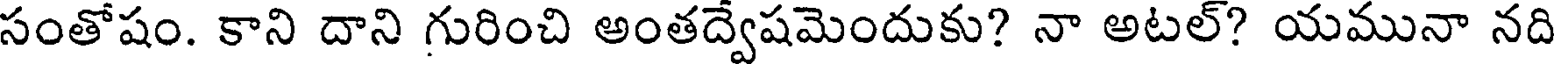
సంతోషం. కాని దాని గురించి అంతద్వేషమెందుకు? నా అటల్? యమునా నది